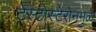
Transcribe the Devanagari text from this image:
टेस्टोस्टेरोनमुळे